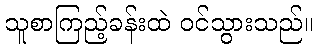
သူစာကြည့်ခန်းထဲ ဝင်သွားသည်။